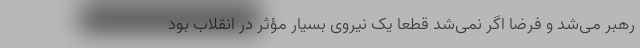
رهبر می‌شد و فرضا اگر نمی‌شد قطعا یک نیروی بسیار مؤثر در انقلاب بود